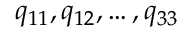
q _ { 1 1 } , q _ { 1 2 } , \ldots , q _ { 3 3 }